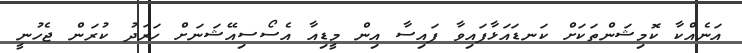
އަނެއްކާ ކޮމިޝަންތަކަށް ކަނޑައަޅާފައިވާ ފައިސާ އިން މީޑިއާ އެސޯސިއޭޝަނަށް ހަރަދު ކުރަން ޖެހުނީ